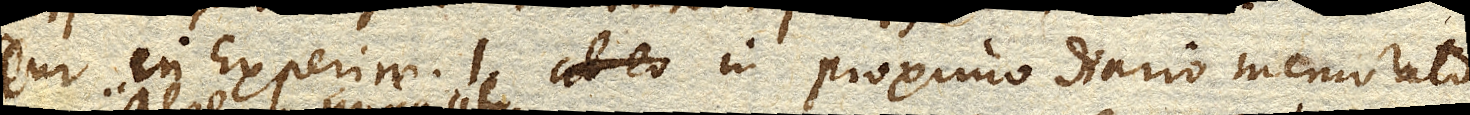
Cur in Experim. 1 ab eo in proximo diario memorato